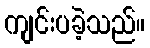
ကျင်းပခဲ့သည်။